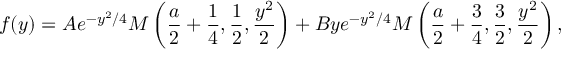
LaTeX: f ( y ) = A e ^ { - y ^ { 2 } / 4 } M \left( \frac { a } { 2 } + \frac { 1 } { 4 } , \frac { 1 } { 2 } , \frac { y ^ { 2 } } { 2 } \right) + B y e ^ { - y ^ { 2 } / 4 } M \left( \frac { a } { 2 } + \frac { 3 } { 4 } , \frac { 3 } { 2 } , \frac { y ^ { 2 } } { 2 } \right) ,